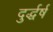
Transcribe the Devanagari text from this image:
दुर्द्धर्ष